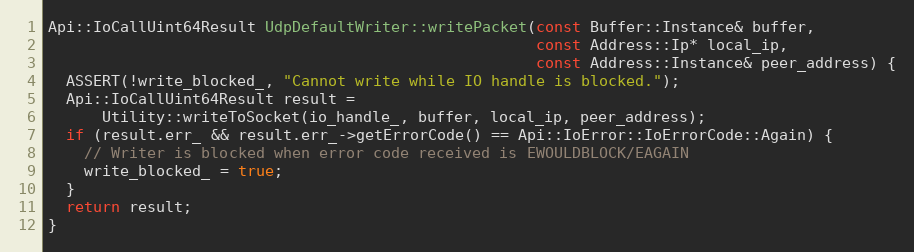
Language: C++
Api::IoCallUint64Result UdpDefaultWriter::writePacket(const Buffer::Instance& buffer,
                                                      const Address::Ip* local_ip,
                                                      const Address::Instance& peer_address) {
  ASSERT(!write_blocked_, "Cannot write while IO handle is blocked.");
  Api::IoCallUint64Result result =
      Utility::writeToSocket(io_handle_, buffer, local_ip, peer_address);
  if (result.err_ && result.err_->getErrorCode() == Api::IoError::IoErrorCode::Again) {
    // Writer is blocked when error code received is EWOULDBLOCK/EAGAIN
    write_blocked_ = true;
  }
  return result;
}